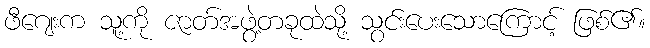
ဖီဂျေးက သူ့ကို ဇာတ်အဖွဲ့တခုထဲသို့ သွင်းပေးသောကြောင့် ဖြစ်၏။